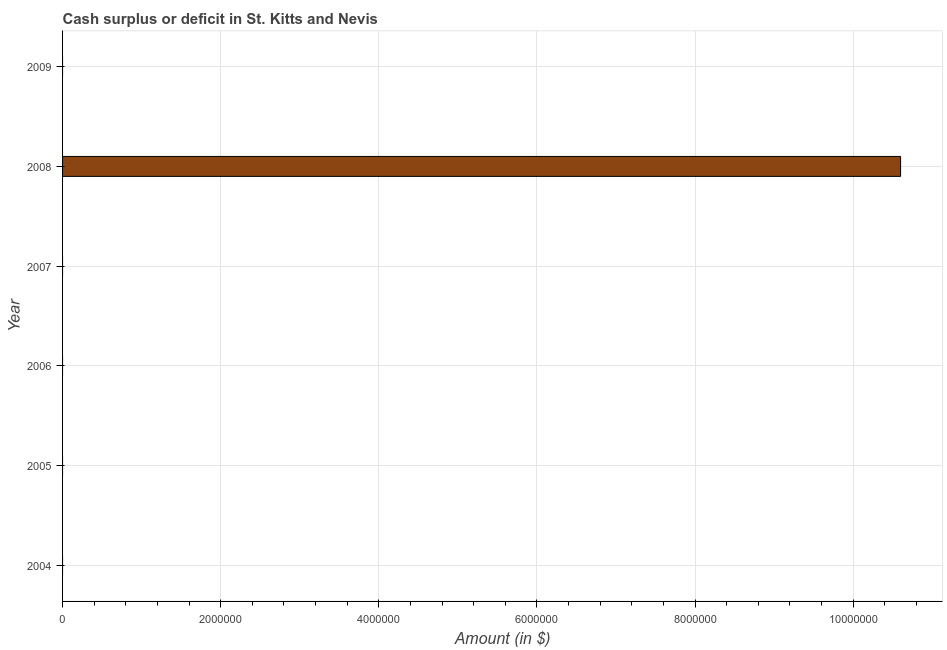
| Year | Cash surplus or deficit |
 | --- | --- |
 | 2004 | -7.42e+07 |
 | 2005 | -4.86e+07 |
 | 2006 | -2.51e+07 |
 | 2007 | -1.98e+07 |
 | 2008 | 1.06e+07 |
 | 2009 | -1.08e+07 |